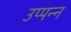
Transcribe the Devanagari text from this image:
उप्पन्न